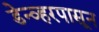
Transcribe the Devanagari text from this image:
डेन्व्हरपासून